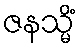
ဇနသ္မိံ